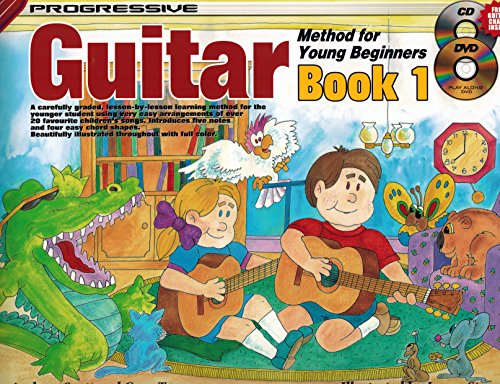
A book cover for CP18322 - Guitar Method for Young Beginners Bk 1 Bk&CD&DVD (Progressive Young Beginners); Gary Turner and Andrew Scott; Children's Books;